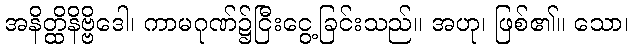
အနိတ္ထိနိဗ္ဗိဒေါ၊ ကာမဂုဏ်၌ငြီးငွေ့ခြင်းသည်။ အဟု၊ ဖြစ်၏။ သော၊